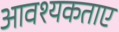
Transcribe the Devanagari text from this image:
आवश्यकताए